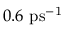
0 . 6 ~ \mathrm { p s ^ { - 1 } }